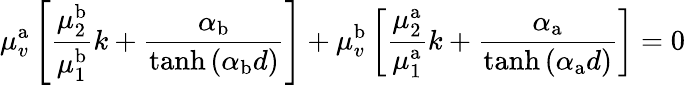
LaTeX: \mu_{v}^{\mathrm{a}}\left[\frac{\mu_{2}^{\mathrm{b}}}{\mu_{1}^{\mathrm{b}}}k+\frac{\alpha_{\mathrm{b}}}{\operatorname{tanh}\left(\alpha_{\mathrm{b}}d\right)}\right]+\mu_{v}^{\mathrm{b}}\left[\frac{\mu_{2}^{\mathrm{a}}}{\mu_{1}^{\mathrm{a}}}k+\frac{\alpha_{\mathrm{a}}}{\operatorname{tanh}\left(\alpha_{\mathrm{a}}d\right)}\right]=0